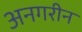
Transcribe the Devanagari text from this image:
अनगरीन